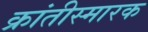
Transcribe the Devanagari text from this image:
क्रांतीस्मारक